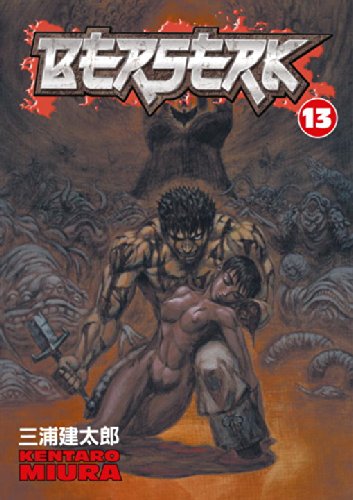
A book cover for Berserk, Vol. 13; Kentaro Miura; Comics & Graphic Novels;